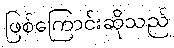
ဖြစ်ကြောင်းဆိုသည်